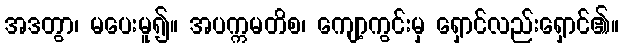
အဒတွာ၊ မပေးမူ၍။ အပက္ကမတိစ၊ ကျော့ကွင်းမှ ရှောင်လည်းရှောင်၏။